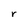
Character: r